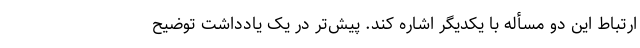
ارتباط این دو مسأله با یکدیگر اشاره کند. پیش‌تر در یک یادداشت توضیح